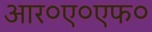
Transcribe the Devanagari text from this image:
आर०ए०एफ०